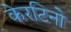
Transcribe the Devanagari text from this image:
केरटिनो